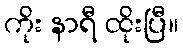
ကိုး နာရီ ထိုးပြီ။